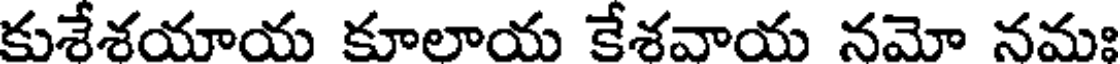
కుశేశయాయ కూలాయ కేశవాయ నమో నమః